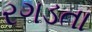
રગડતા